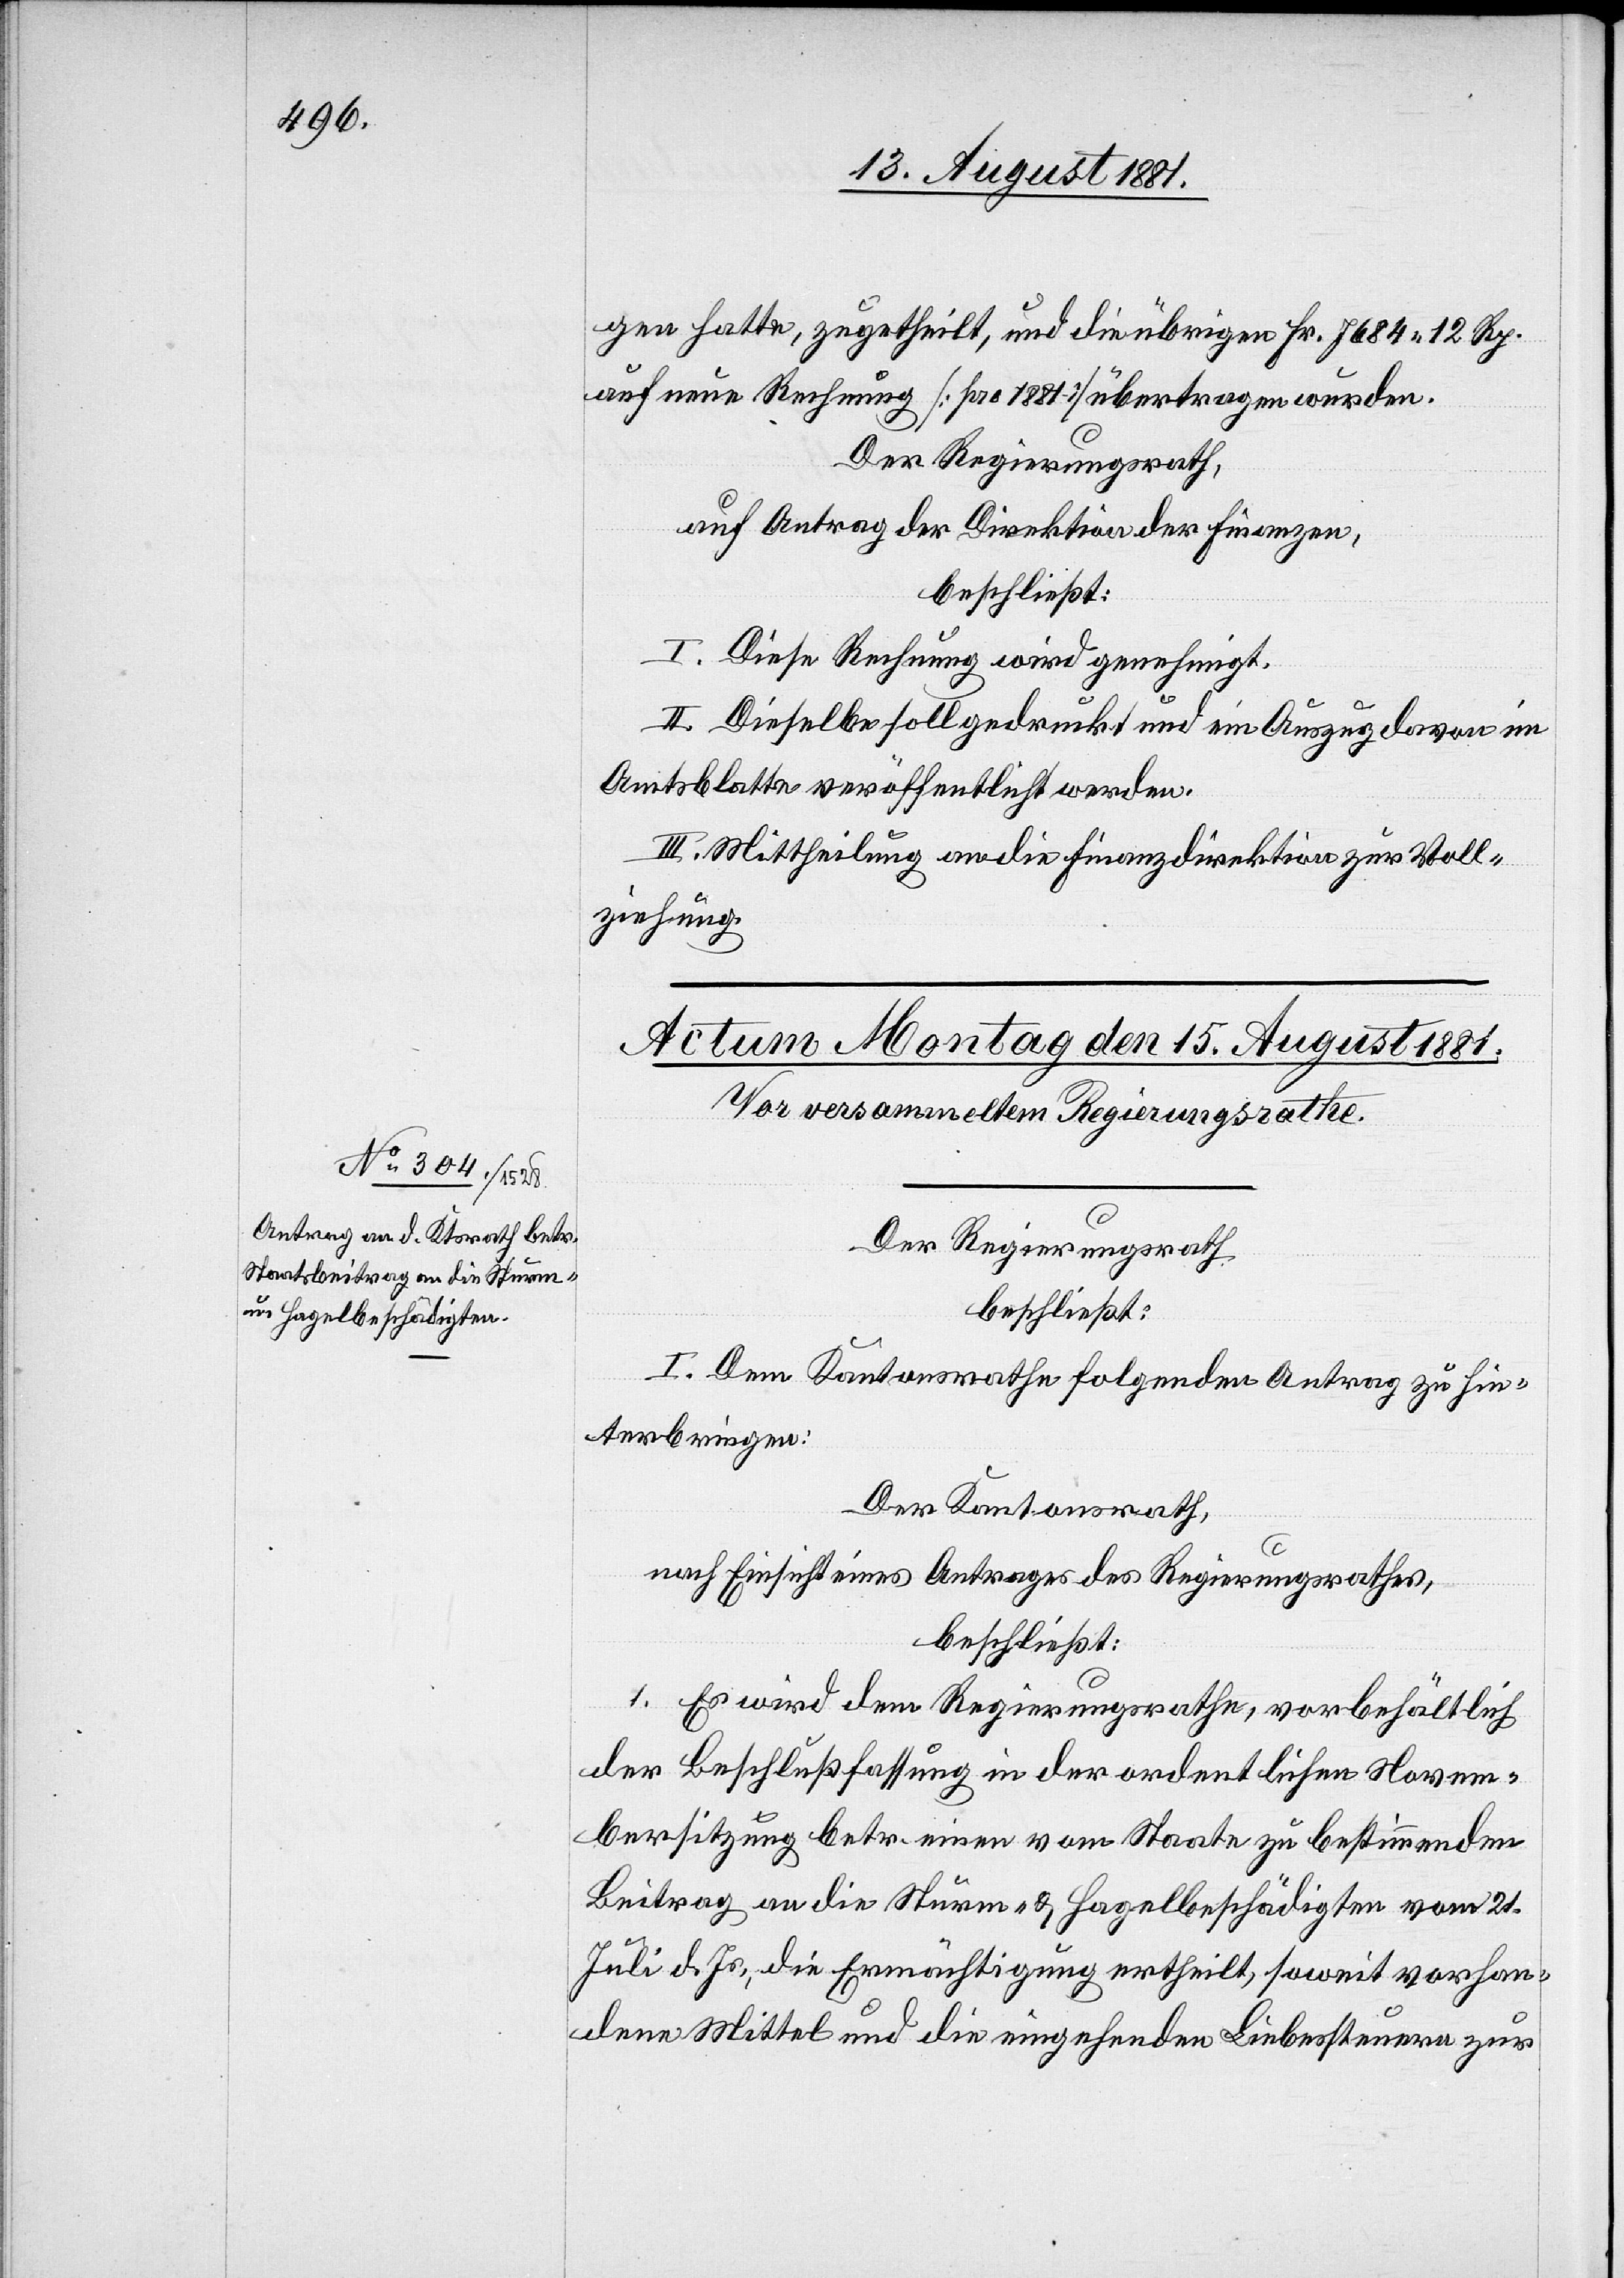
gen hatte, zugetheilt, und die übrigen Fr. 7684 12 Rp.
auf neue Rechnung [pro 1881] übertragen wurden.
Der Regierungsrath,
auf Antrag der Direktion der Finanzen,
beschließt:
I. Diese Rechnung wird genehmigt.
II. Dieselbe soll gedruckt und ein Auszug davon im
Amtsblatte veröffentlicht werden.
III. Mittheilung an die Finanzdirektion zur Voll¬
ziehung.
Der Regierungsrath
beschließt:
I. Dem Kantonsrathe folgenden Antrag zu hin¬
terbringen:
Der Kantonsrath,
nach Einsicht eines Antrages des Regierungsrathes,
beschließt:
1. Es wird dem Regierungsrathe, vorbehältlich
der Beschlußfassung in der ordentlichen Novem¬
bersitzung betr. einen vom Staate zu bestimmenden
Beitrag an die Sturm- & Hagelbeschädigten vom 21.
Juli d. Js., die Ermächtigung ertheilt, soweit vorhan¬
dene Mittel und die eingehenden Liebessteuern zur